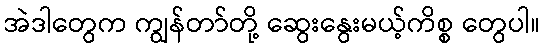
အဲဒါတွေက ကျွန်တာ်တို့ ဆွေးနွေးမယ့်ကိစ္စ တွေပါ။